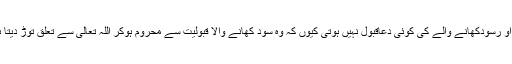
اور جس قوم میں زناکاری اور سود پھیل جاتا ہے تووہ اپنے آپ پر اللہ کا عذاب حلال کرلیتے ہیں او رسودکھانے والے کی کوئی دعاقبول نہیں ہوتی کیوں کہ وہ سود کھانے والا قبولیت سے محروم ہوکر اللہ تعالیٰ سے تعلق توڑ دیتا ہے او رجب اللہ سے ہی تعلق ٹوٹ جاے توپھر مشکلات میں انسان کے او رکون کون کا م آے گا ۔